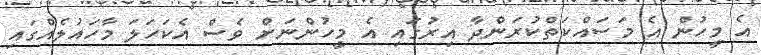
އެ މީހުން އެ މަސައްކަތްކުރަންދާ އިރުގައި އެ މީހުންނަށް ވެސް އެކަހަލަ މާހައުލެއްގައި